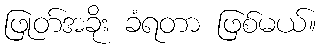
ဖြုတ်အခိုး ခံရတာ ဖြစ်မယ်။